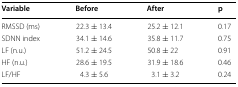
<table><thead><tr><td><b>Variable</b></td><td><b>Before</b></td><td><b>After</b></td><td><b>p</b></td></tr></thead><tbody><tr><td>RMSSD (ms)</td><td>22.3 ± 13.4</td><td>25.2 ± 12.1</td><td>0.17</td></tr><tr><td>SDNN index</td><td>34.1 ± 14.6</td><td>35.8 ± 11.7</td><td>0.75</td></tr><tr><td>LF (n.u.)</td><td>51.2 ± 24.5</td><td>50.8 ± 22</td><td>0.91</td></tr><tr><td>HF (n.u.)</td><td>28.6 ± 19.5</td><td>31.9 ± 18.6</td><td>0.46</td></tr><tr><td>LF/HF</td><td>4.3 ± 5.6</td><td>3.1 ± 3.2</td><td>0.24</td></tr></tbody></table>